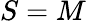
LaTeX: S=M